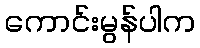
ကောင်းမွန်ပါက